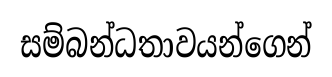
සම්බන්ධතාවයන්ගෙන්